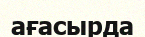
ағасырда